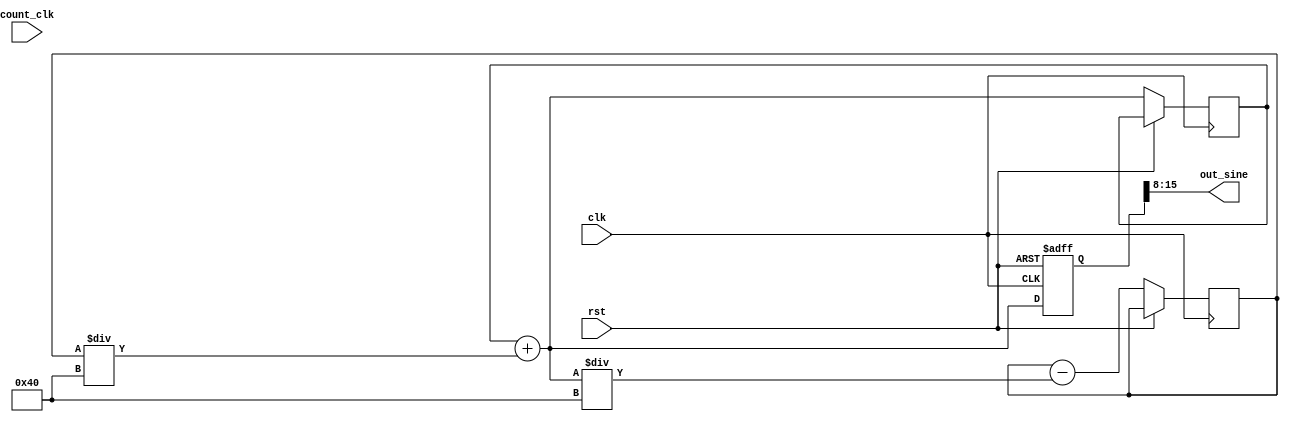
`timescale 1ns/1ns
module full_wave(input clk,input rst,input[7:0] count_clk,output [7:0] out_sine);
  reg signed[15:0] cos_old,sin_old;
  reg signed[15:0] cos,sin;
  always@(posedge clk,posedge rst) begin:count_up
  if(rst) begin
    sin<=16'b0000000000000000;
    cos<=16'b0111010100110000;
  end
  else begin
    sin=sin_old + cos_old / 16'd64;
    cos=cos_old - sin / 16'd64;
	 sin_old=sin;
	 cos_old=cos;
  end
  end
  
  always@(posedge clk,posedge rst) begin:rect
  if(rst)
  cos<=16'b0111010100110000;
  else if(sin[15:8]==8'b00000001)
      cos=16'b0111010100110000;
  else if(sin[15:8]==8'b00000000)
      cos=16'b0111010100110000;
  end
  
  assign out_sine=sin[15:8];
endmodule